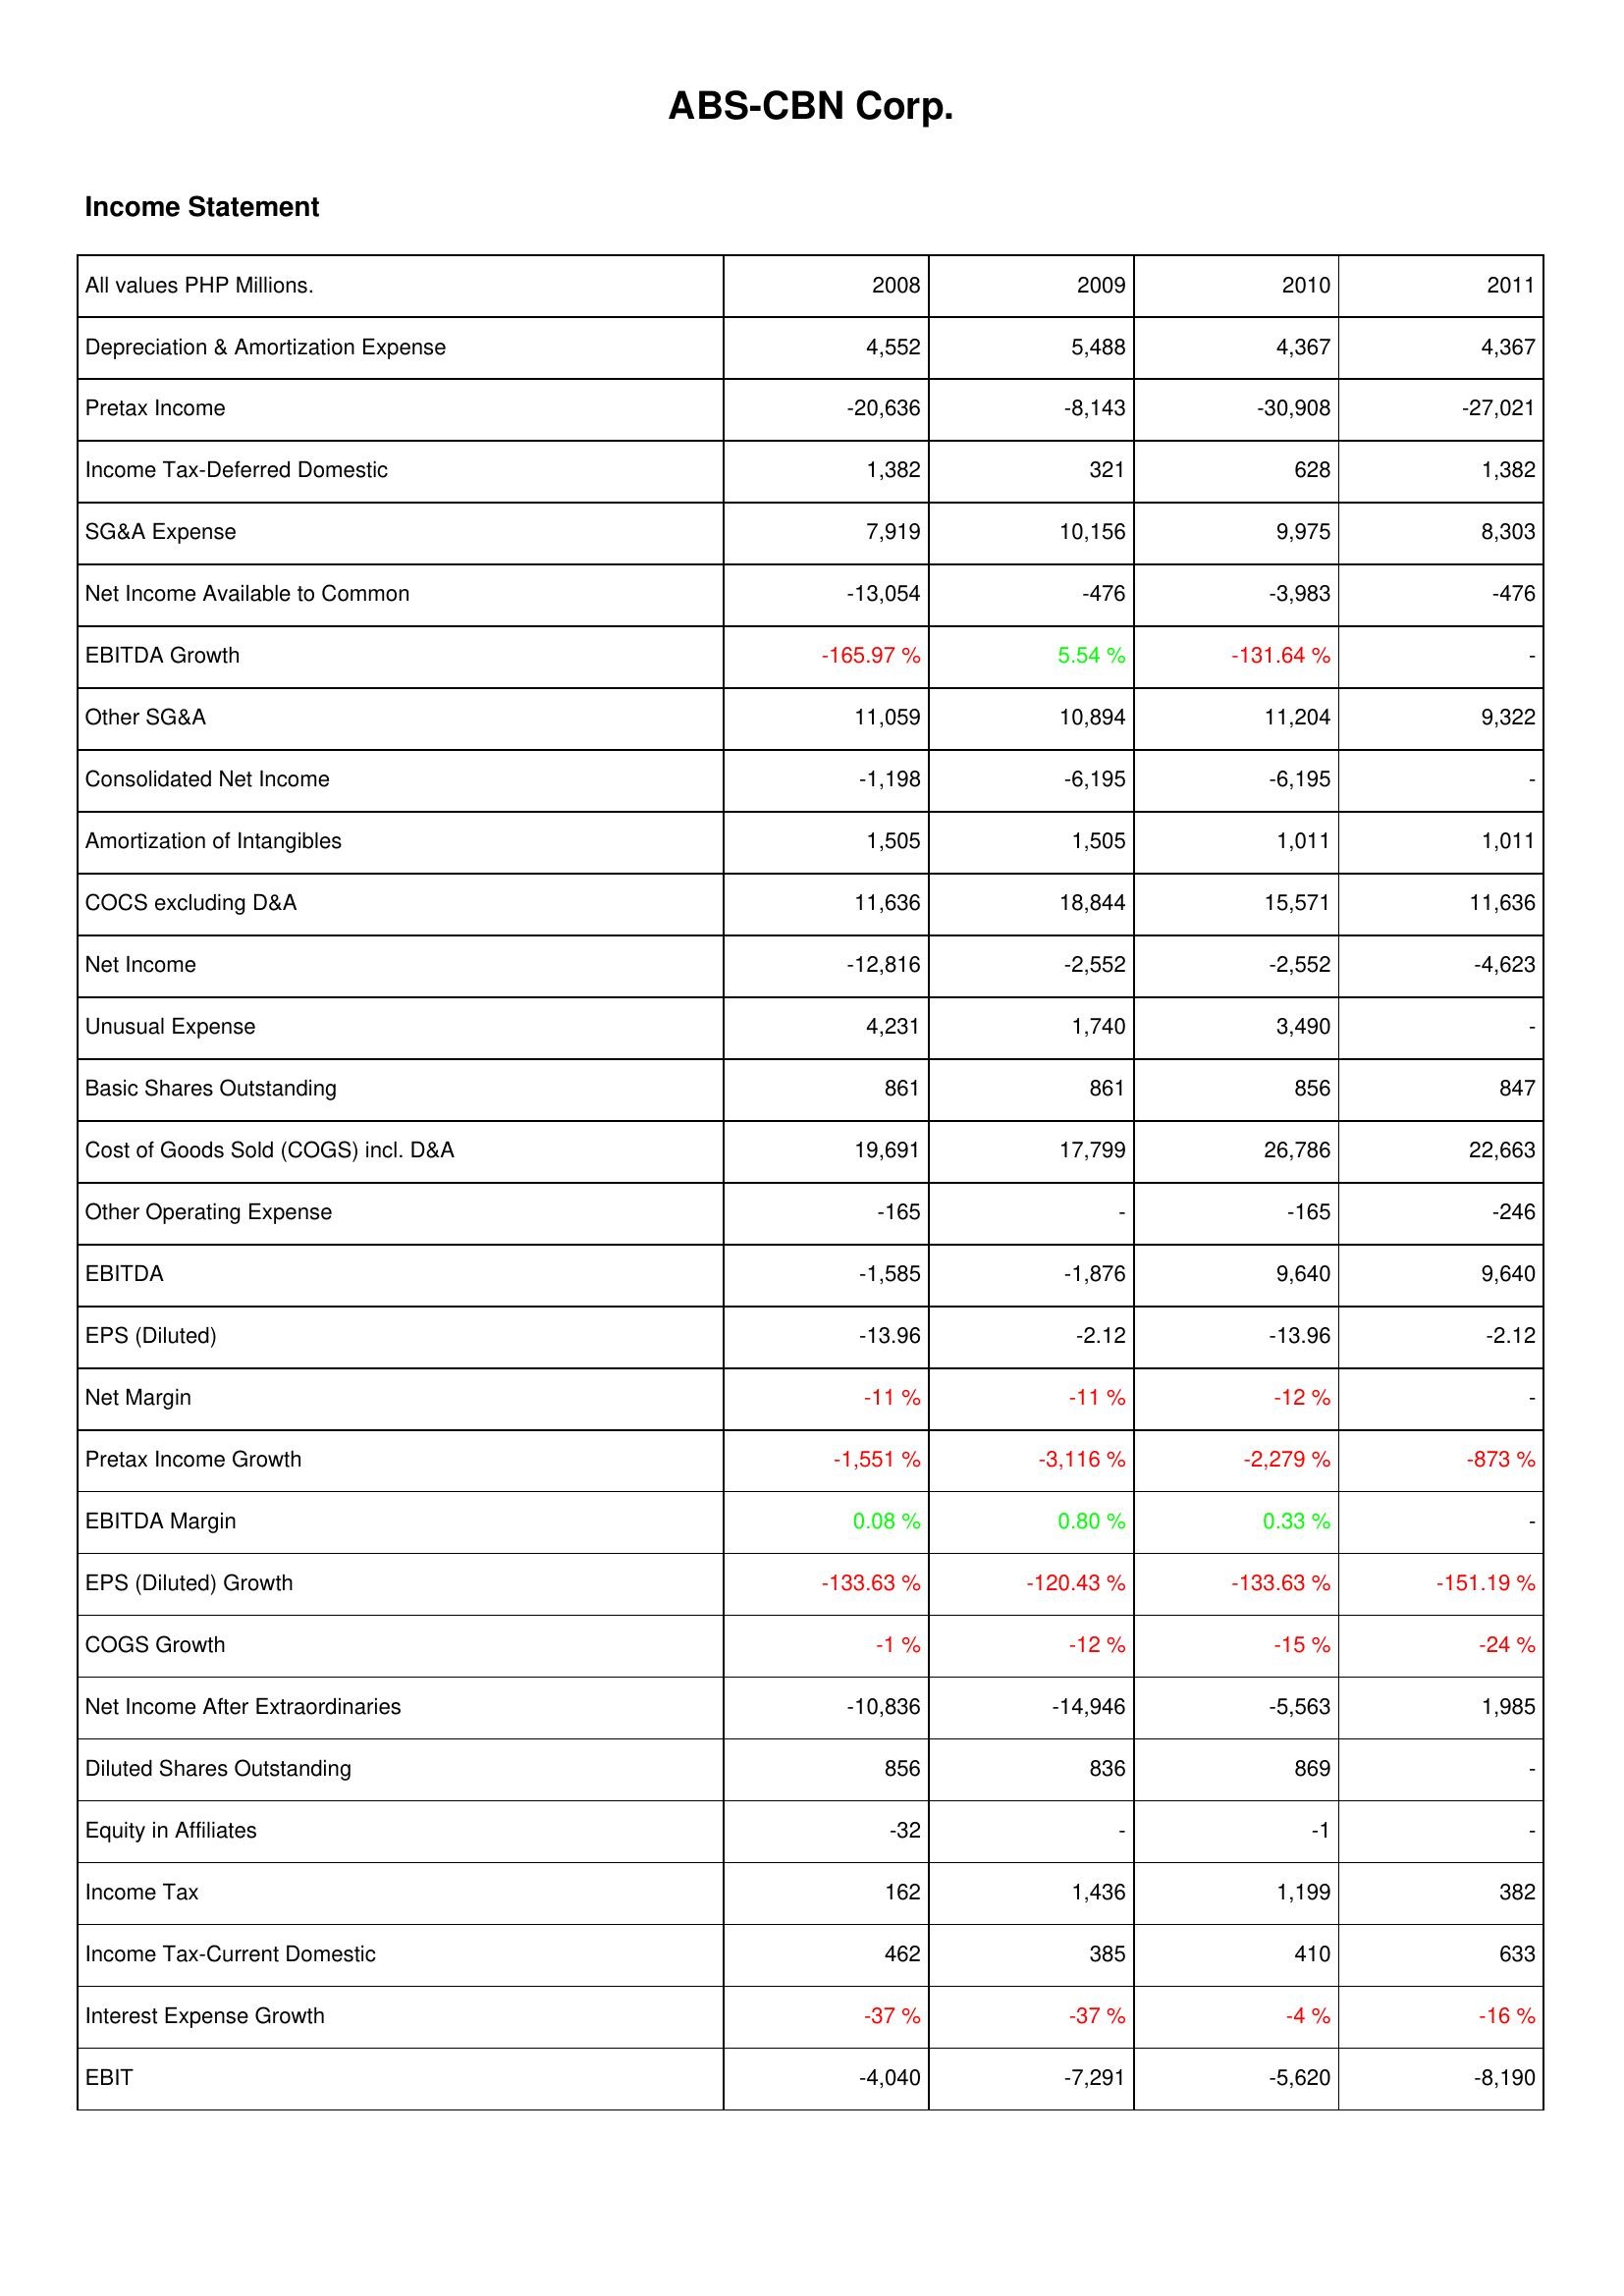
2008: Income Statement: Depreciation & Amortization Expense: 4,552
Pretax Income: -20,636
Income Tax-Deferred Domestic: 1,382
SG&A Expense: 7,919
Net Income Available to Common: -13,054
EBITDA Growth: -165.97 %
Other SG&A: 11,059
Consolidated Net Income: -1,198
Amortization of Intangibles: 1,505
COCS excluding D&A: 11,636
Net Income: -12,816
Unusual Expense: 4,231
Basic Shares Outstanding: 861
Cost of Goods Sold (COGS) incl. D&A: 19,691
Other Operating Expense: -165
EBITDA: -1,585
EPS (Diluted): -13.96
Net Margin: -11 %
Pretax Income Growth: -1,551 %
EBITDA Margin: 0.08 %
EPS (Diluted) Growth: -133.63 %
COGS Growth: -1 %
Net Income After Extraordinaries: -10,836
Diluted Shares Outstanding: 856
Equity in Affiliates: -32
Income Tax: 162
Income Tax-Current Domestic: 462
Interest Expense Growth: -37 %
EBIT: -4,040
2009: Income Statement: Depreciation & Amortization Expense: 5,488
Pretax Income: -8,143
Income Tax-Deferred Domestic: 321
SG&A Expense: 10,156
Net Income Available to Common: -476
EBITDA Growth: 5.54 %
Other SG&A: 10,894
Consolidated Net Income: -6,195
Amortization of Intangibles: 1,505
COCS excluding D&A: 18,844
Net Income: -2,552
Unusual Expense: 1,740
Basic Shares Outstanding: 861
Cost of Goods Sold (COGS) incl. D&A: 17,799
Other Operating Expense: -
EBITDA: -1,876
EPS (Diluted): -2.12
Net Margin: -11 %
Pretax Income Growth: -3,116 %
EBITDA Margin: 0.80 %
EPS (Diluted) Growth: -120.43 %
COGS Growth: -12 %
Net Income After Extraordinaries: -14,946
Diluted Shares Outstanding: 836
Equity in Affiliates: -
Income Tax: 1,436
Income Tax-Current Domestic: 385
Interest Expense Growth: -37 %
EBIT: -7,291
2010: Income Statement: Depreciation & Amortization Expense: 4,367
Pretax Income: -30,908
Income Tax-Deferred Domestic: 628
SG&A Expense: 9,975
Net Income Available to Common: -3,983
EBITDA Growth: -131.64 %
Other SG&A: 11,204
Consolidated Net Income: -6,195
Amortization of Intangibles: 1,011
COCS excluding D&A: 15,571
Net Income: -2,552
Unusual Expense: 3,490
Basic Shares Outstanding: 856
Cost of Goods Sold (COGS) incl. D&A: 26,786
Other Operating Expense: -165
EBITDA: 9,640
EPS (Diluted): -13.96
Net Margin: -12 %
Pretax Income Growth: -2,279 %
EBITDA Margin: 0.33 %
EPS (Diluted) Growth: -133.63 %
COGS Growth: -15 %
Net Income After Extraordinaries: -5,563
Diluted Shares Outstanding: 869
Equity in Affiliates: -1
Income Tax: 1,199
Income Tax-Current Domestic: 410
Interest Expense Growth: -4 %
EBIT: -5,620
2011: Income Statement: Depreciation & Amortization Expense: 4,367
Pretax Income: -27,021
Income Tax-Deferred Domestic: 1,382
SG&A Expense: 8,303
Net Income Available to Common: -476
EBITDA Growth: -
Other SG&A: 9,322
Consolidated Net Income: -
Amortization of Intangibles: 1,011
COCS excluding D&A: 11,636
Net Income: -4,623
Unusual Expense: -
Basic Shares Outstanding: 847
Cost of Goods Sold (COGS) incl. D&A: 22,663
Other Operating Expense: -246
EBITDA: 9,640
EPS (Diluted): -2.12
Net Margin: -
Pretax Income Growth: -873 %
EBITDA Margin: -
EPS (Diluted) Growth: -151.19 %
COGS Growth: -24 %
Net Income After Extraordinaries: 1,985
Diluted Shares Outstanding: -
Equity in Affiliates: -
Income Tax: 382
Income Tax-Current Domestic: 633
Interest Expense Growth: -16 %
EBIT: -8,190